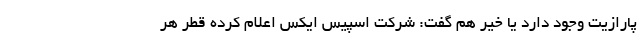
پارازیت وجود دارد یا خیر هم گفت: شرکت اسپیس ایکس اعلام کرده قطر هر